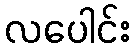
လပေါင်း